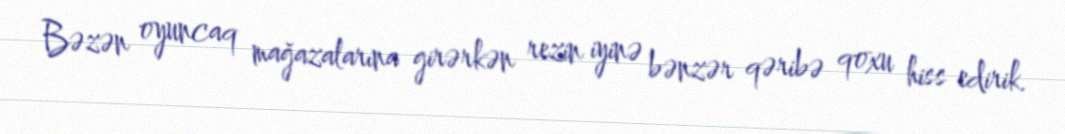
Bəzən oyuncaq mağazalarına girərkən rezin iyinə bənzər qəribə qoxu hiss edirik.